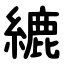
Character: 䌒